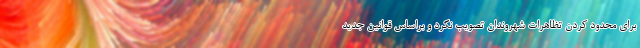
برای محدود کردن تظاهرات شهروندان تصویب نکرد و براساس قوانین جدید